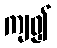
ကျ၍